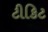
ટીકિટ